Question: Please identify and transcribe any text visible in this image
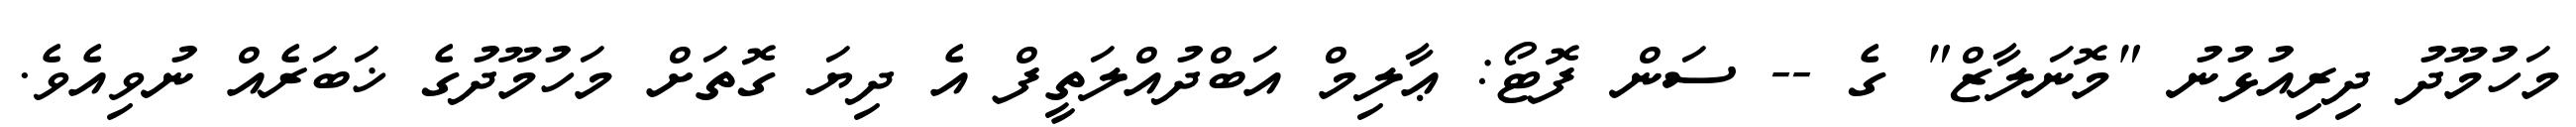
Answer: މަހުމޫދު ދިރިއުޅުނު "މޮނަލާޒް" ގެ -- ސަން ފޮޓޯ: ޢާލިމް އަބްދުއްލަތީފް އެ ދިޔަ ގޮތަށް މަހުމޫދުގެ ޚަބަރެއް ނުވިއެވެ.